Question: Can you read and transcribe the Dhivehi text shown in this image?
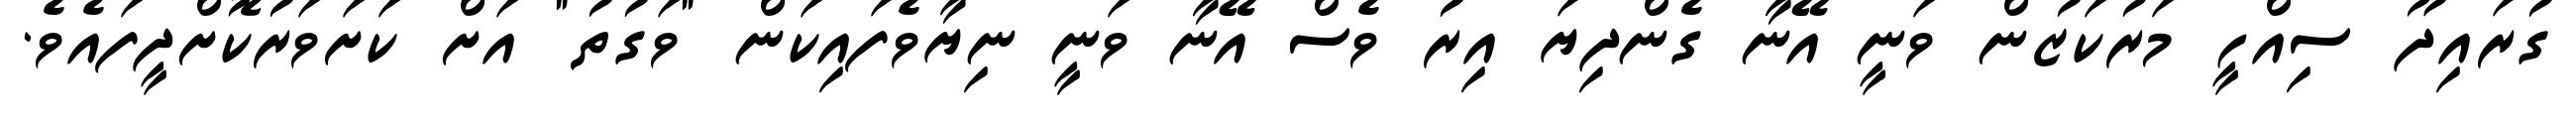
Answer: ގުރައިދޫ ސިއްހީ މަރުކަޒުން ވަނީ އޭނާ ގެންދިޔަ އިރު ވެސް އޭނާ ވަނީ ނިޔާވެފައިކަން "ވަގުތު" އަށް ކަށަވަރުކޮށްދީފައެވެ.